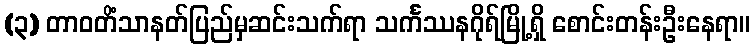
(၃) တာဝတိံသာနတ်ပြည်မှဆင်းသက်ရာ သင်္ကဿနဂိုရ်မြို့ရှိ စောင်းတန်းဦးနေရာ။